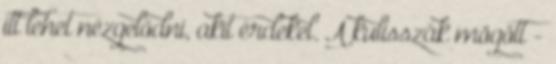
itt lehet nézgelődni, akit érdekel. A kulisszák mögött -